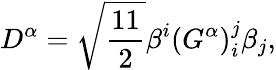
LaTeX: D^{\alpha}=\sqrt{\frac{11}{2}}\beta^{i}(G^{\alpha})_{i}^{j}\beta_{j},